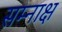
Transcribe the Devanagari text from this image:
सम्नाक्ष